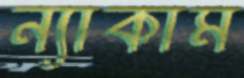
ন্যাকাম